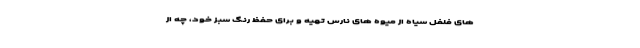
های فلفل سیاه از میوه های نارس تهیه و برای حفظ رنگ سبز خود، چه از